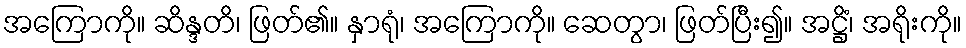
အကြောကို။ ဆိန္ဒတိ၊ ဖြတ်၏။ နှာရုံ၊ အကြောကို။ ဆေတွာ၊ ဖြတ်ပြီး၍။ အဋ္ဌိံ၊ အရိုးကို။